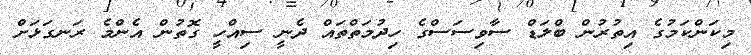
މިކަންކަމުގެ އިތުރުން ބްލަޑް ސާވިސަސްގެ ހިދުމަތްތައް ދެނީ ސިއްހީ ގޮތުން އެންމެ ރަނގަޅަށް